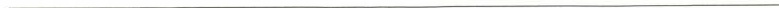
___